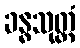
ခန္ဓသုတ္တံ